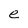
Character: e